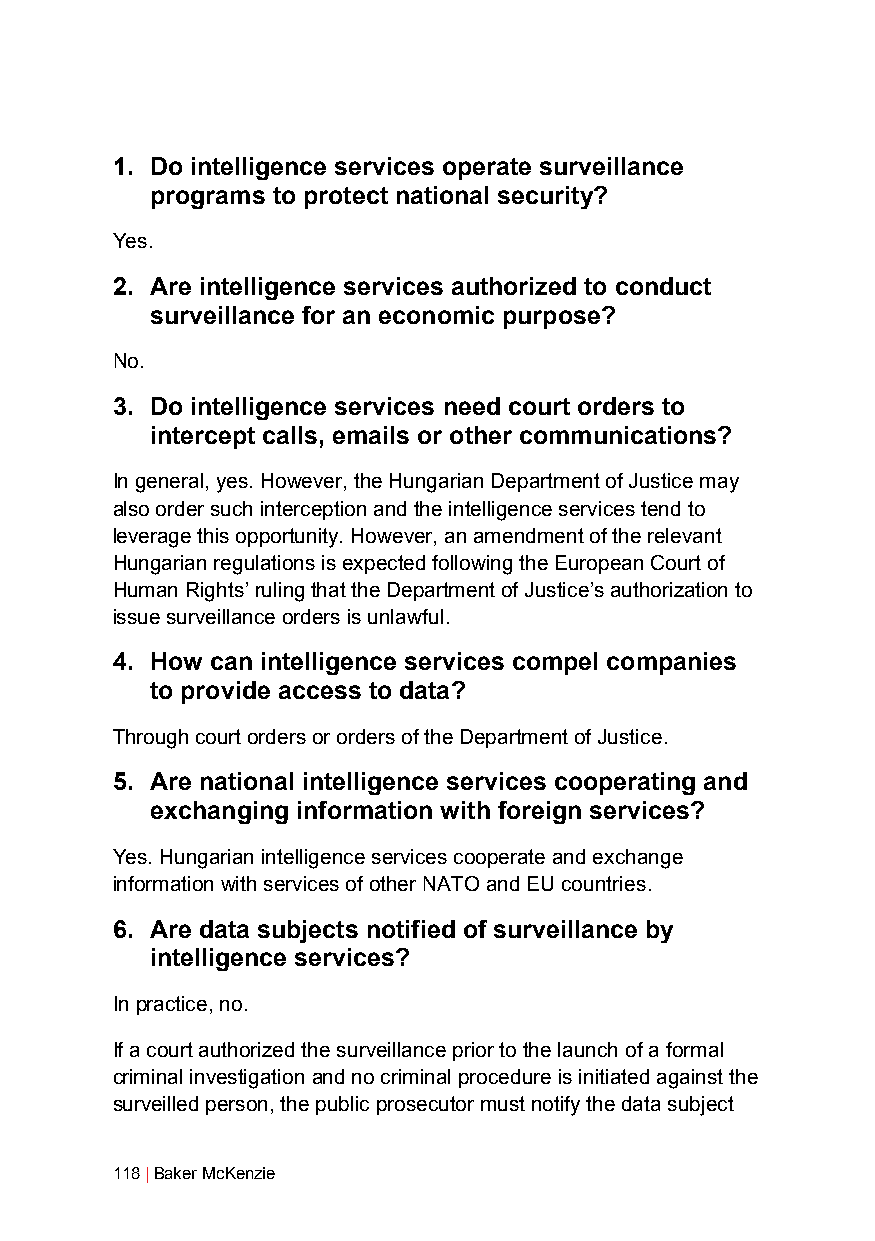
1. Do intelligence services operate surveillance
 programs to protect national security?
 Yes.
 2. Are intelligence services authorized to conduct
 surveillance for an economic purpose?
 No.
 3. Do intelligence services need court orders to
 intercept calls, emails or other communications?
 In general, yes. However, the Hungarian Department of Justice may
 also order such interception and the intelligence services tend to
 leverage this opportunity. However, an amendment of the relevant
 Hungarian regulations is expected following the European Court of
 Human Rights’ ruling that the Department of Justice’s authorization to
 issue surveillance orders is unlawful.
 4. How can intelligence services compel companies
 to provide access to data?
 Through court orders or orders of the Department of Justice.
 5. Are national intelligence services cooperating and
 exchanging information with foreign services?
 Yes. Hungarian intelligence services cooperate and exchange
 information with services of other NATO and EU countries.
 6. Are data subjects notified of surveillance by
 intelligence services?
 In practice, no.
 If a court authorized the surveillance prior to the launch of a formal
 criminal investigation and no criminal procedure is initiated against the
 surveilled person, the public prosecutor must notify the data subject
 118 | Baker McKenzie